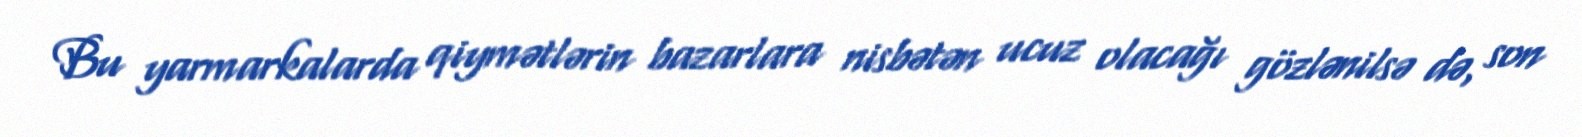
Bu yarmarkalarda qiymətlərin bazarlara nisbətən ucuz olacağı gözlənilsə də, son